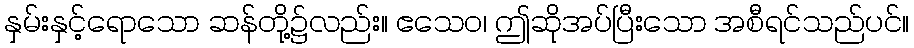
နှမ်းနှင့်ရောသော ဆန်တို့၌လည်း။ ဧသေဝ၊ ဤဆိုအပ်ပြီးသော အစီရင်သည်ပင်။